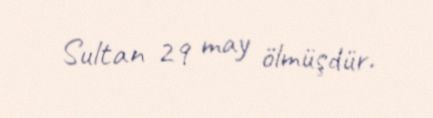
Sultan 29 may ölmüşdür.